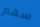
سهم